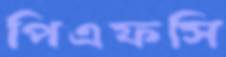
পিএফসি